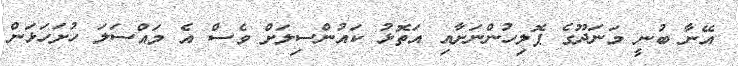
އޭނާ ބުނީ މަނަދޫގެ ޕޮލިހުންނަށާއި އަތޮޅު ކައުންސިލަށް ވެސް އެ މައްސަލަ ހުށަހަޅަން